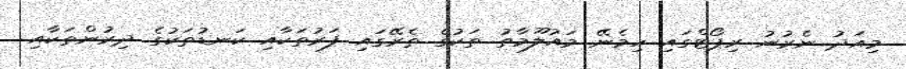
މިއަދު ނެރުނު ރިޕޯޓްގައި ހިމެނޭ މައުލޫމާތު ތަކުގެ ތެރޭގައި ފަރުތަކާއި ކަނޑުތަކުގެ ދިރުންތަކާއި